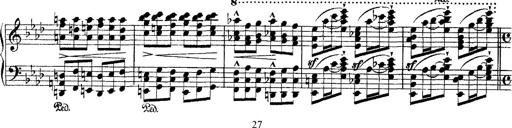
Title: Ã‰tudes d'exÃ©cution transcendante d'aprÃ¨s Paganini
Composer: Franz Liszt